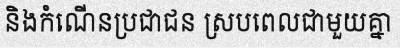
និងកំណើនប្រជាជន ស្របពេលជាមួយគ្នា